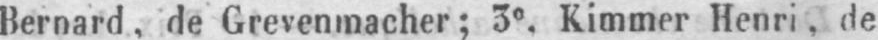
Bernard, de Grevenmacher; 3e, Kimmer Henri, de